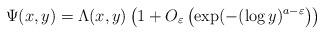
LaTeX: \begin{align*}\Psi(x,y) = \Lambda(x,y)\left(1 + O_{\varepsilon}\left(\exp(-(\log y)^{a-\varepsilon}\right)\right)\end{align*}